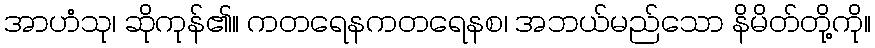
အာဟံသု၊ ဆိုကုန်၏။ ကတရေနကတရေနစ၊ အဘယ်မည်သော နိမိတ်တို့ကို။